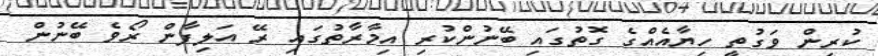
ކުރިން ވަގުތީ ހިޔާއެއްގެ ގޮތުގައި ބޭނުންކުރި އިމާރާތުގައި ރޭ އަލިފާން ރޯވެ ބޭނުން